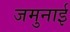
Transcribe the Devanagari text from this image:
जमुनाई